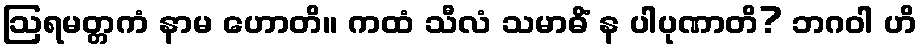
ဩရမတ္တကံ နာမ ဟောတိ။ ကထံ သီလံ သမာဓိံ န ပါပုဏာတိ? ဘဂဝါ ဟိ